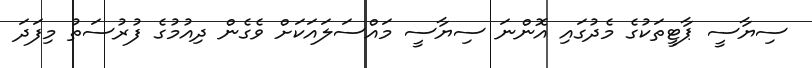
ސިޔާސީ ޕާޓީތަކުގެ މެދުގައި އޮންނަ ސިޔާސީ މައްސަލައަކަށް ވެގެން ދިއުމުގެ ފުރުސަތު މިފަދަ